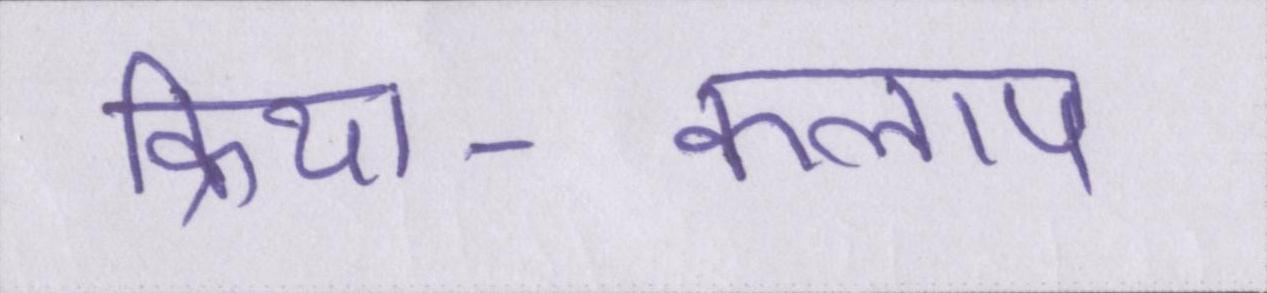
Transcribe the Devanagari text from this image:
क्रिया-कलाप